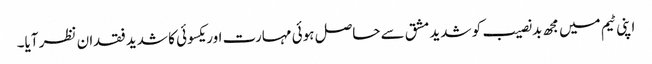
اپنی ٹیم میں مجھ بدنصیب کو شدید مشق سے حاصل ہوئی مہارت اور یکسوئی کا شدید فقدان نظر آیا۔